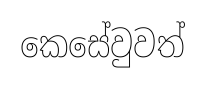
කෙසේවුවත්